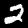
Label: 2